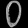
Digit: ၀